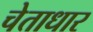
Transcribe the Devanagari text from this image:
चेताधार